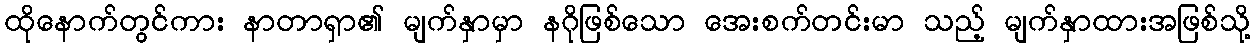
ထိုနောက်တွင်ကား နာတာရှာ၏ မျက်နှာမှာ နဂိုဖြစ်သော အေးစက်တင်းမာ သည့် မျက်နှာထားအဖြစ်သို့